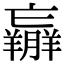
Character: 𦏝